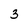
Character: 3